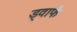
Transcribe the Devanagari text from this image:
ड्वार्फं